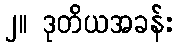
၂။ ဒုတိယအခန်း